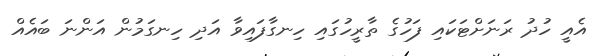
އެއީ ހުދު ރަނަށްޓަކައި ފަހުގެ ތާރީހުގައި ހިނގާފައިވާ އަދި ހިނގަމުން އަންނަ ބައެއް